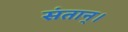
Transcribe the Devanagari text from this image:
संतान्।